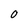
Character: O